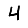
Digit: 4